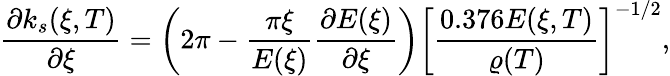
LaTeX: \frac{\partial k_{s}(\xi,T)}{\partial\xi}=\bigg(2\pi-\frac{\pi\xi}{E(\xi)}\frac{\partial E(\xi)}{\partial\xi}\bigg)\bigg[\frac{0.376E(\xi,T)}{\varrho(T)}\bigg]^{-1/2},